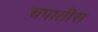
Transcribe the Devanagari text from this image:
चपातीस